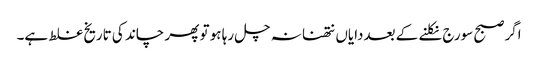
اگر صبح سورج نکلنے کے بعددایاں نتھنا نہ چل رہا ہو تو پھر چاند کی تاریخ غلط ہے۔